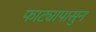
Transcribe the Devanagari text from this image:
फाट्यापासुन